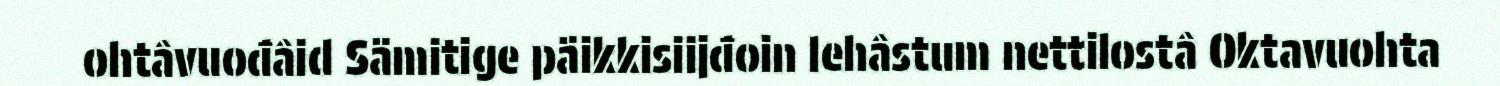
ohtâvuođâid Sämitige päikkisiijđoin lehâstum nettilostâ Oktavuohta